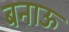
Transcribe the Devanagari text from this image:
बनाऊ